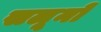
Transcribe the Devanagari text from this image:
सलूनो